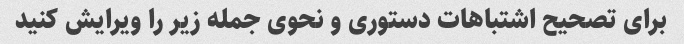
برای تصحیح اشتباهات دستوری و نحوی جمله زیر را ویرایش کنید